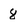
Character: 8